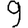
Digit: 9